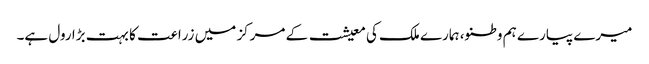
میرے پیارے ہم وطنو، ہمارے ملک کی معیشت کے مرکز میں زراعت کا بہت بڑا رول ہے۔